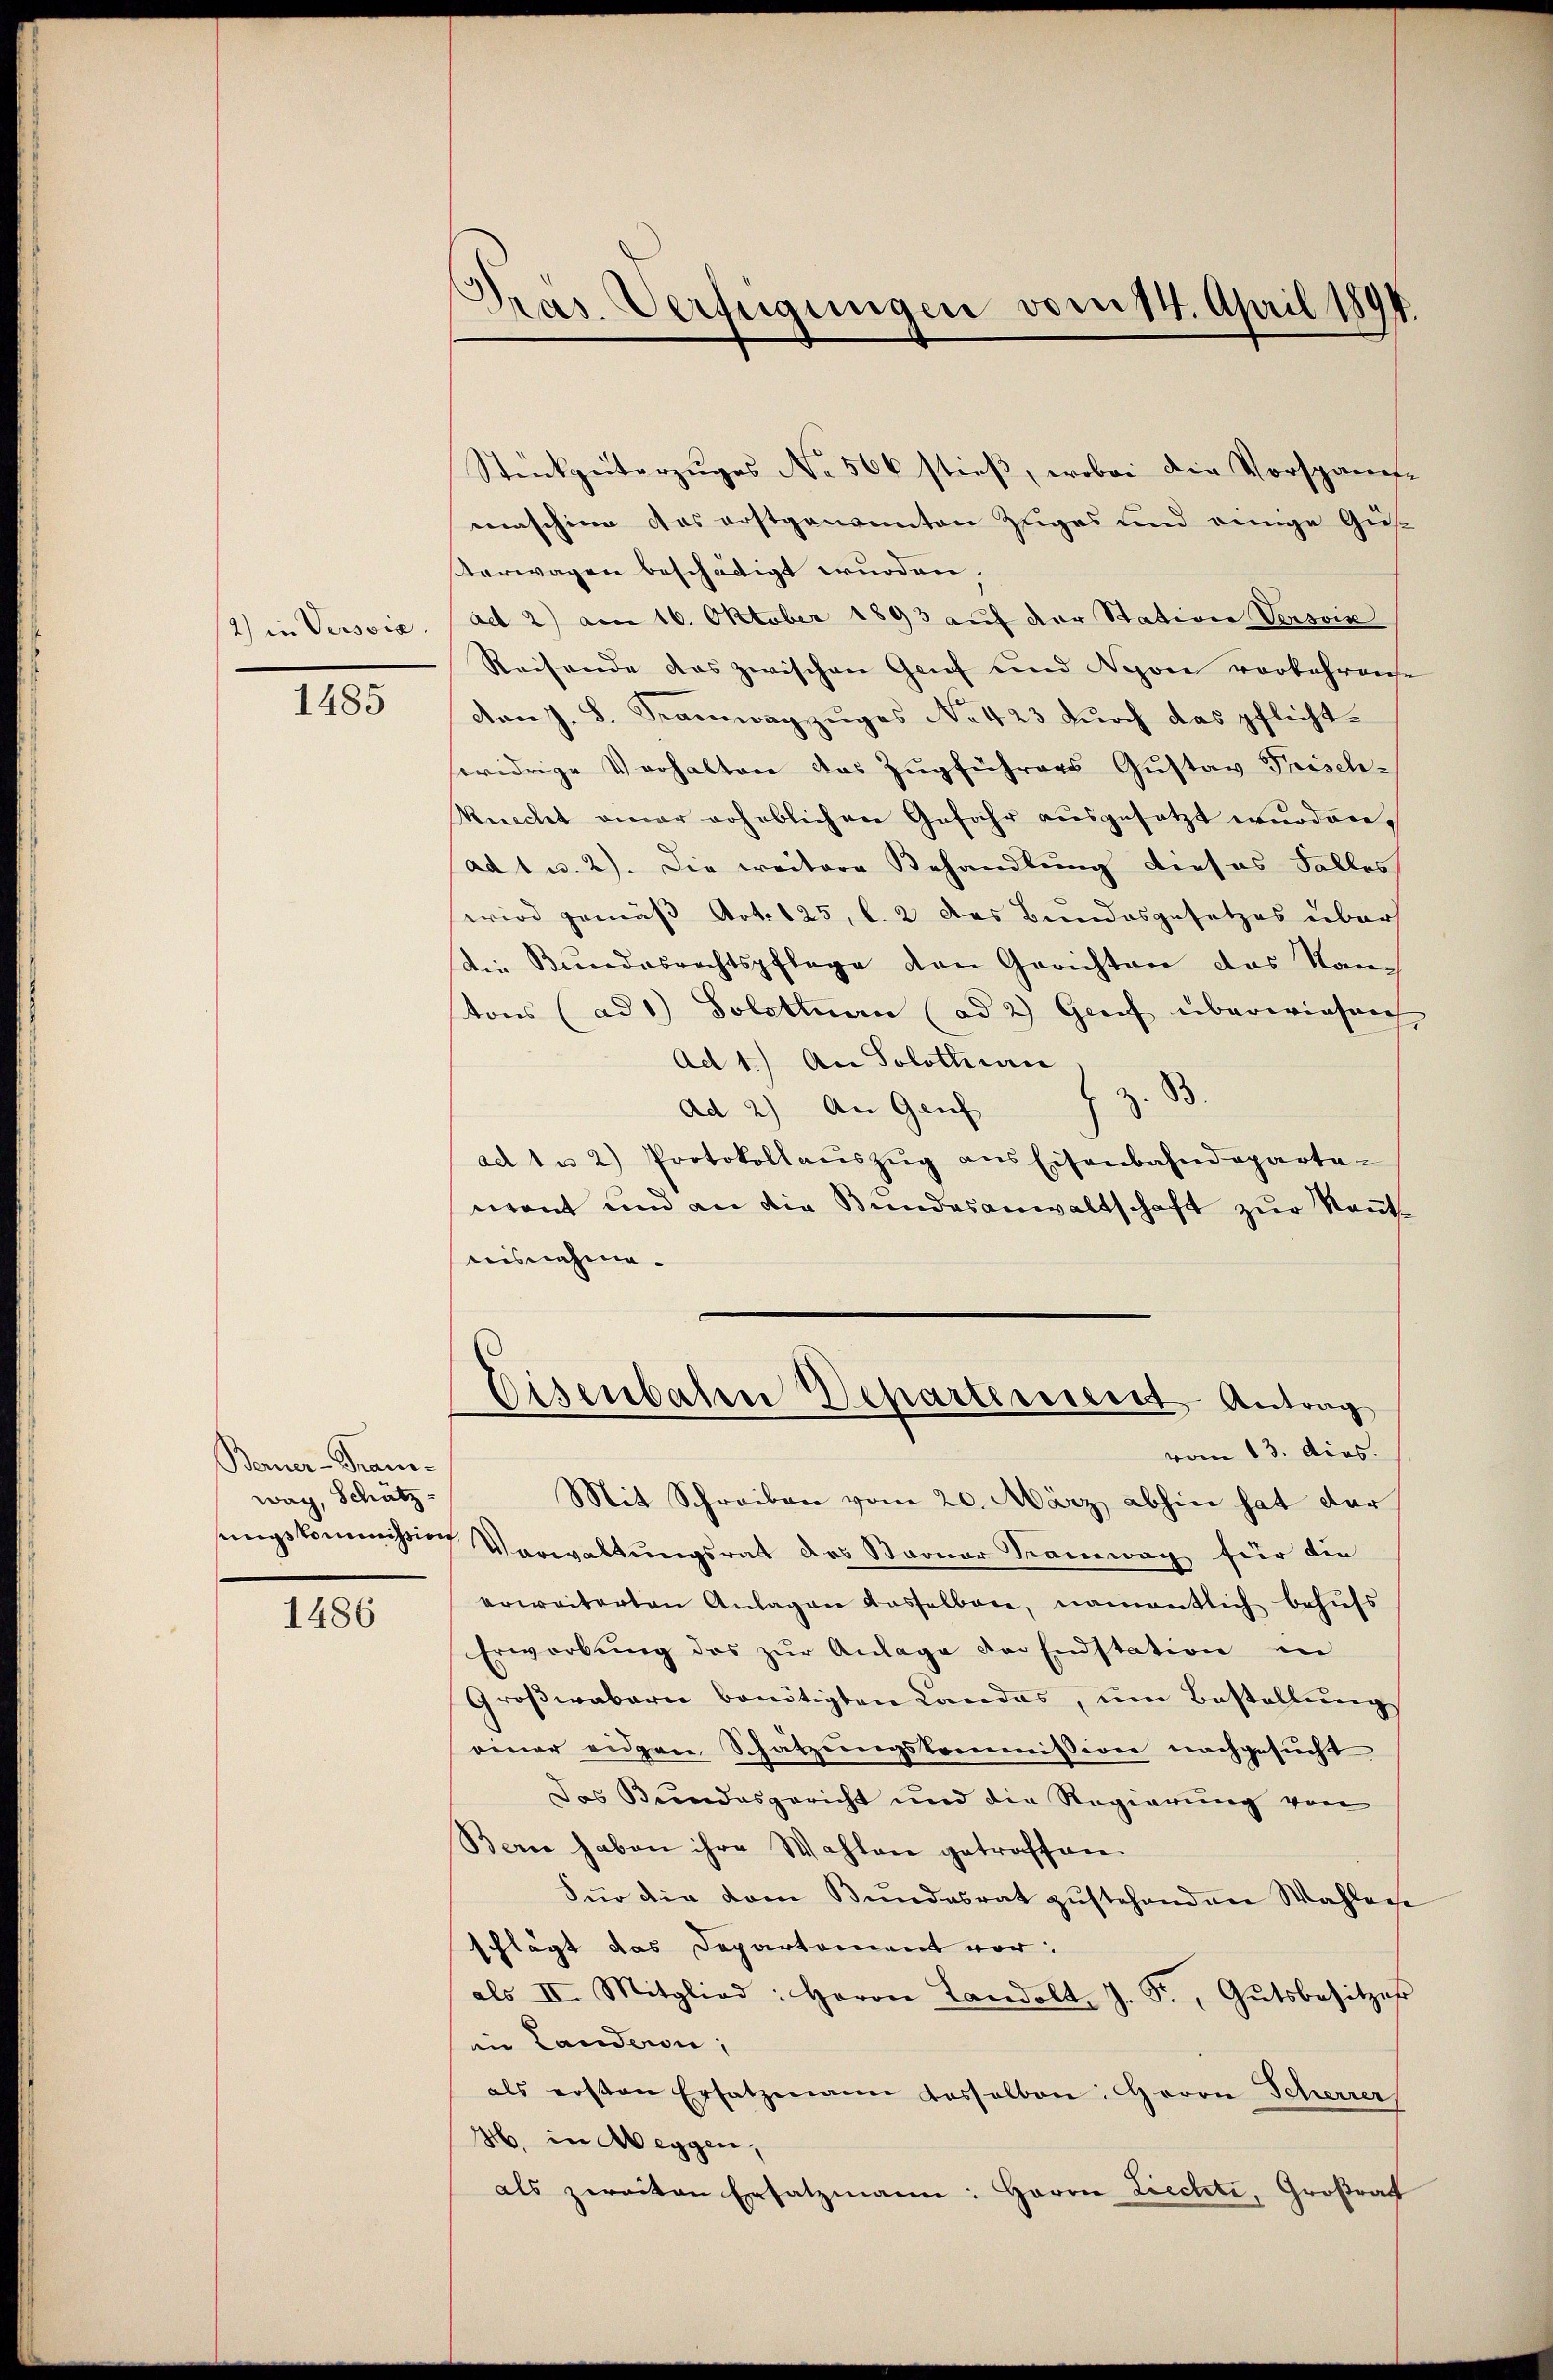
1485

Bauer-Tranway, Schätz

1486

.
Präs. Verfügungen vom 14. April 1894.

Stückeiterzŭges No 506 stieß, wobei die Vorspanis-
maschine das erstgenannten Zuges und einige Gus¬
Verwagen beschädigt wurden,
/2) in Verscia, ad 2) am 16. Oktober 1893 aŭf der Station Versin
Reisende das zwischen Genf und Nyone vorkehrense
von J. B. Sramwagzuges No 423 durch das pflichtswidrige Verhalten das Zugführers Gustav Preisch-
Ricchet einer erheblichen Gefahr ausgesetzt wurden.
ad 1 u. 2). Die weitere Behandlung dieses Falles
wird gemäß Art. 125, l. 2 des Bundesgesetzes über
sdin Bundesrechtspflege den Gerichten das Kantons (ad 1) Solothurn (ad 2) Genf überwiesen
Ad 1.) An Solothin
B.
z
Ad 2) An Genf
ad 1 u 2) Protokollaŭszŭg ans Eisenbahndeparte-
eront und an die Bundesanwaltschaft zur Kant
uisnahme.
Eisenbahn Departerienst-Antrag
vom 13. dies.
Mit Schreiben vom 20. März abhin hat der
sungskommission Verwaltungsrat des Sarner Samwag für die
erweiterten Anlagen dasselbare, namentlich behufs
Erworbŭng des zŭr Anlage der Endstation in
Großwabarn benötigten Landas, um Bestellung
einer eidgen Schätzungskommission nachgesucht
Das Bundesgericht und die Regierung von
Bern haben ihre Wahlen getroffen.
Für die vom Bundesrat zustehenden Wahlene
schlägt das Departement vor:
als II. Mitglied: Herrn Landolt. J. F., Gutsbesitzer
in Landern,
als ersten Ersatzmann dasselben: Herrn Scherrer
H. in Weggen,
als zweiten Ersatzmann: Herrn Liechti, Großrat